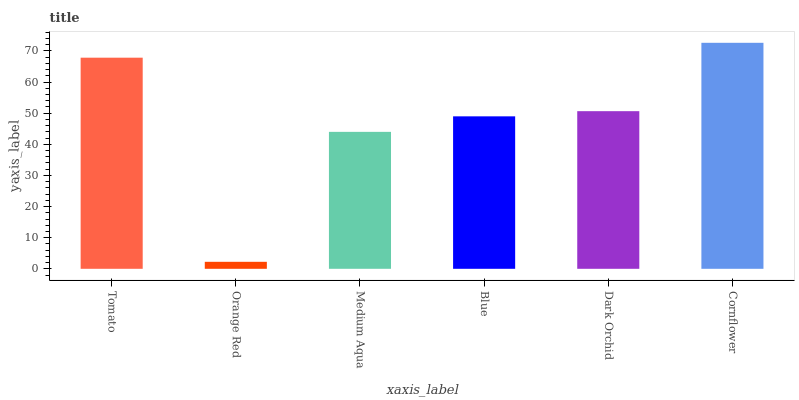
| xaxis_label | bars |
 | --- | --- |
 | Tomato | 67.8 |
 | Orange Red | 2.25 |
 | Medium Aqua | 44 |
 | Blue | 49 |
 | Dark Orchid | 50.6 |
 | Cornflower | 72.6 |